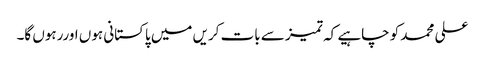
علی محمد کو چاہیے کہ تمیز سے بات کریں میں پاکستانی ہوں اوررہوں گا۔